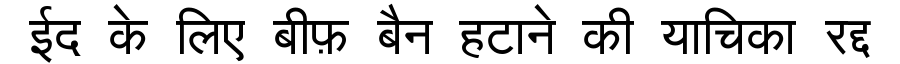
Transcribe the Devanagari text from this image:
ईद के लिए बीफ़ बैन हटाने की याचिका रद्द